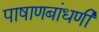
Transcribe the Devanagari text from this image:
पाषाणबांधणी